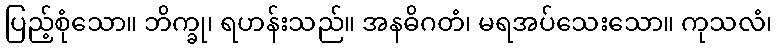
ပြည့်စုံသော။ ဘိက္ခု၊ ရဟန်းသည်။ အနဓိဂတံ၊ မရအပ်သေးသော။ ကုသလံ၊